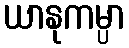
ယာနုကမ္ပာ